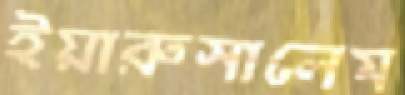
ইয়ারুসালেম